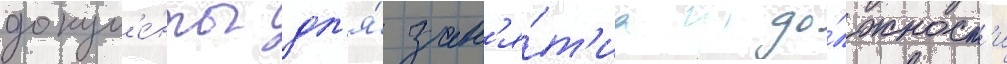
докум'е́нты дл'я́ зан'я́т'иа до́лжност'и